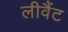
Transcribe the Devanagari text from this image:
लीवैंट